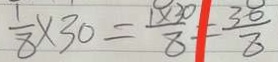
\frac { 1 } { 8 } \times 3 0 = \frac { 1 \times 3 0 } { 8 } = \frac { 3 0 } { 8 }